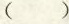
( )